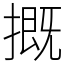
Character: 摡